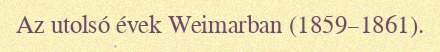
Az utolsó évek Weimarban (1859–1861).